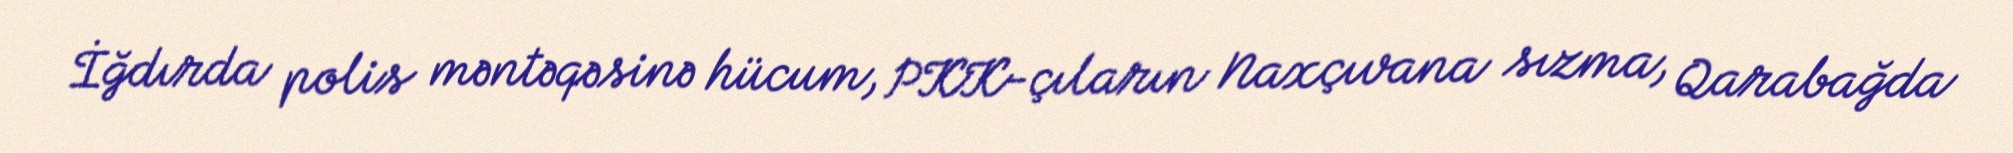
İğdırda polis məntəqəsinə hücum, PKK-çıların Naxçıvana sızma, Qarabağda